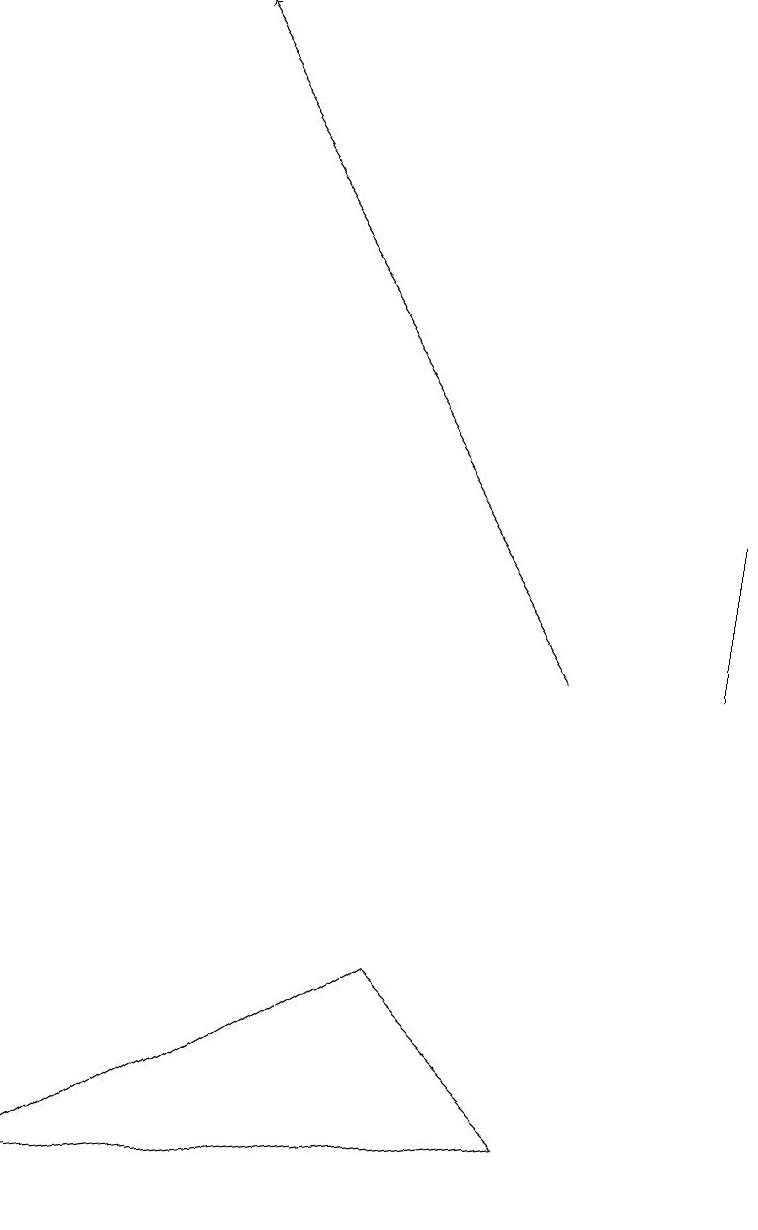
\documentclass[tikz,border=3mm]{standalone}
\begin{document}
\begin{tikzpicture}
\draw (7,4) -- (0,3) -- (5,6) -- cycle;
\draw (9,10) rectangle (9,12);
\draw[->] (7,10) -- (2,18);
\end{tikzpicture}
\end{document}